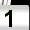
Digit: 1